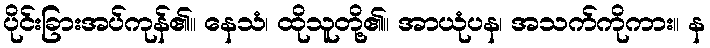
ပိုင်းခြားအပ်ကုန်၏။ နေသံ၊ ထိုသူတို့၏။ အာယုံပန၊ အသက်ကိုကား။ န